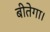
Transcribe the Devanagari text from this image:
बीतेगा।